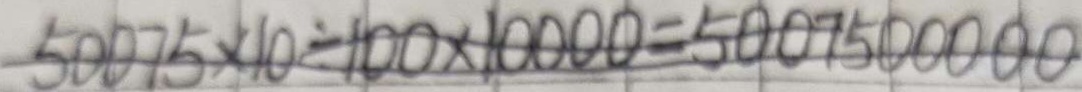
5 0 0 7 5 \times 1 0 \div 1 0 0 \times 1 0 0 0 0 = 5 0 0 7 5 0 0 0 0 0